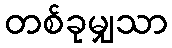
တစ်ခုမျှသာ